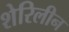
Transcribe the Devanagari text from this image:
शेरिलीन